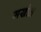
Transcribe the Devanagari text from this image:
मखोल